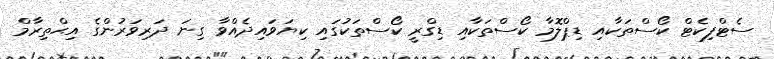
ސެޓްފިކެޓް ކޯސްތަކާއި ޑިޕްލޮމާ ކޯސްތަކާއި ޑިގްރީ ކޯސްތަކުގައި ކިޔަވައިދެއްވާ ގިނަ ދަރިވަރުންގެ އިޙްތިރާމް